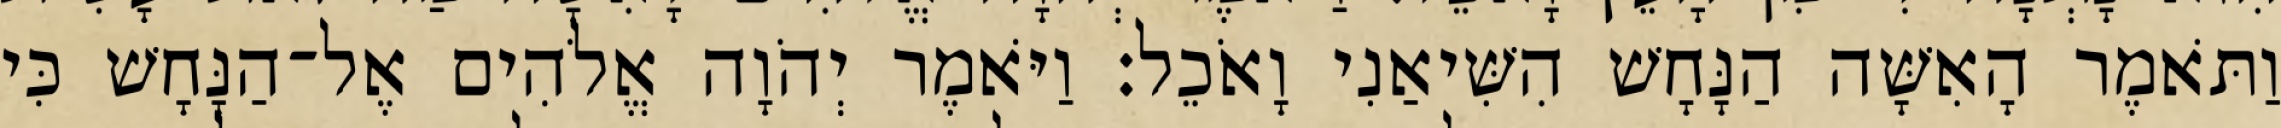
וַתֹּאמֶר הָאִשָּׁה הַנָּחָשׁ הִשִּׁיאַנִי וָאֹכֵל׃ וַיֹּאמֶר יְהֹוָה אֱלֹהִים אֶל־הַנָּחָשׁ כִּי